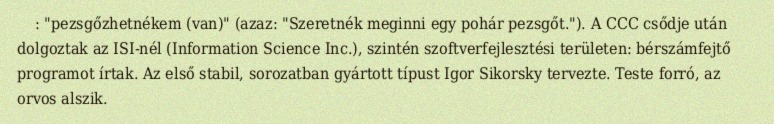
: "pezsgőzhetnékem (van)" (azaz: "Szeretnék meginni egy pohár pezsgőt."). A CCC csődje után dolgoztak az ISI-nél (Information Science Inc.), szintén szoftverfejlesztési területen: bérszámfejtő programot írtak. Az első stabil, sorozatban gyártott típust Igor Sikorsky tervezte. Teste forró, az orvos alszik.